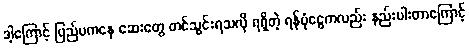
ဒါ့ကြောင့် ပြည်ပကနေ ဆေးတွေ တင်သွင်းရသလို ရရှိတဲ့ ရန်ပုံငွေကလည်း နည်းပါးတာကြောင့်